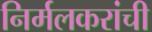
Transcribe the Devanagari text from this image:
निर्मलकरांची